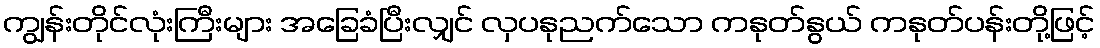
ကျွန်းတိုင်လုံးကြီးများ အခြေခံပြီးလျှင် လှပနုညက်သော ကနုတ်နွယ် ကနုတ်ပန်းတို့ဖြင့်